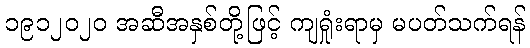
၁၉၁၂၀၂၀ အဆီအနှစ်တို့ဖြင့် ကျရှုံးရာမှ မပတ်သက်ရန်